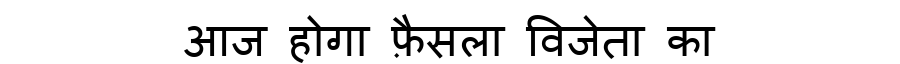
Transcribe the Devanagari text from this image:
आज होगा फ़ैसला विजेता का